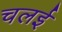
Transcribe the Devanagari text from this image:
चलई